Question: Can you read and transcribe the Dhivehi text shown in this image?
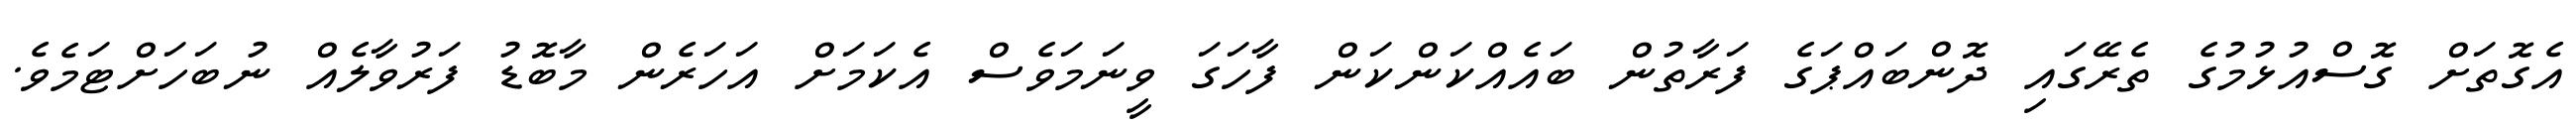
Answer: އެގޮތަށް ގޮސްއުޅުމުގެ ތެރޭގައި ދޮންބައްޕަގެ ފަރާތުން ބައެއްކަންކަން ފާހަގަ ވީނަމަވެސް އެކަމަށް އަހަރެން މާބޮޑު ފަރުވާލެއް ނުބަހަށްޓަމެވެ.